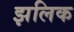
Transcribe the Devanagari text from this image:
झलिक